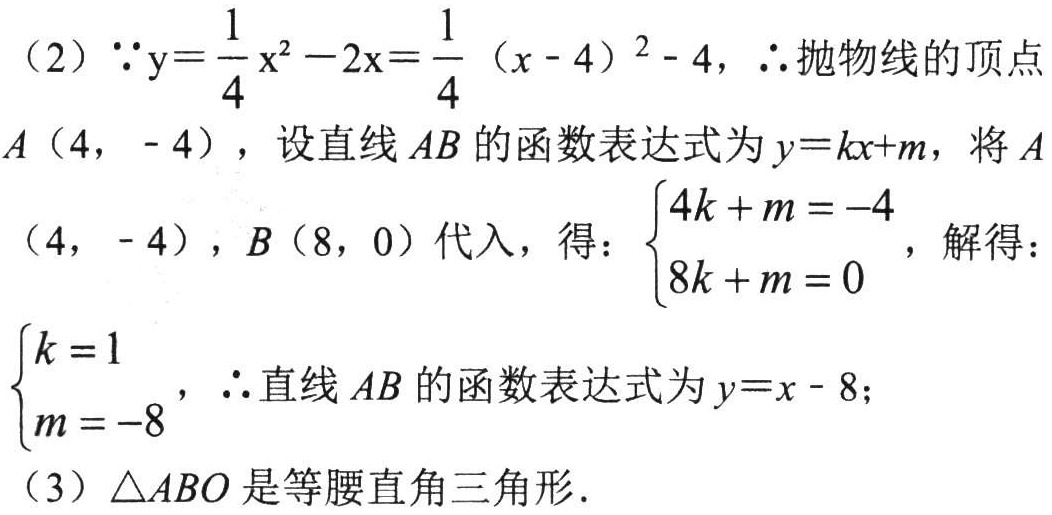
（2）\(\because y = \dfrac{1}{4}x^{2}-2x=\dfrac{1}{4}(x - 4)^{2}-4\)，\(\therefore\)抛物线的顶点\(A(4,-4)\)，设直线\(AB\)的函数表达式为\(y = kx + m\)，将\(A(4,-4)\)，\(B(8,0)\)代入，得：\(\begin{cases}4k + m = -4\\8k + m = 0\end{cases}\)，解得：\(\begin{cases}k = 1\\m = -8\end{cases}\)，\(\therefore\)直线\(AB\)的函数表达式为\(y = x - 8\)；
（3）\(\triangle ABO\)是等腰直角三角形.